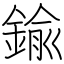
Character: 鍮